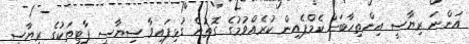
އަންނަ ރިޔާސީ އިންތިހާބަށް ކެމްޕެއިން ކުރެއްވުމުގެ ގޮތުން ގުޅިފައިވާ ސިޔާސީ ޕާޓީތަކުގެ ރިޔާސީ